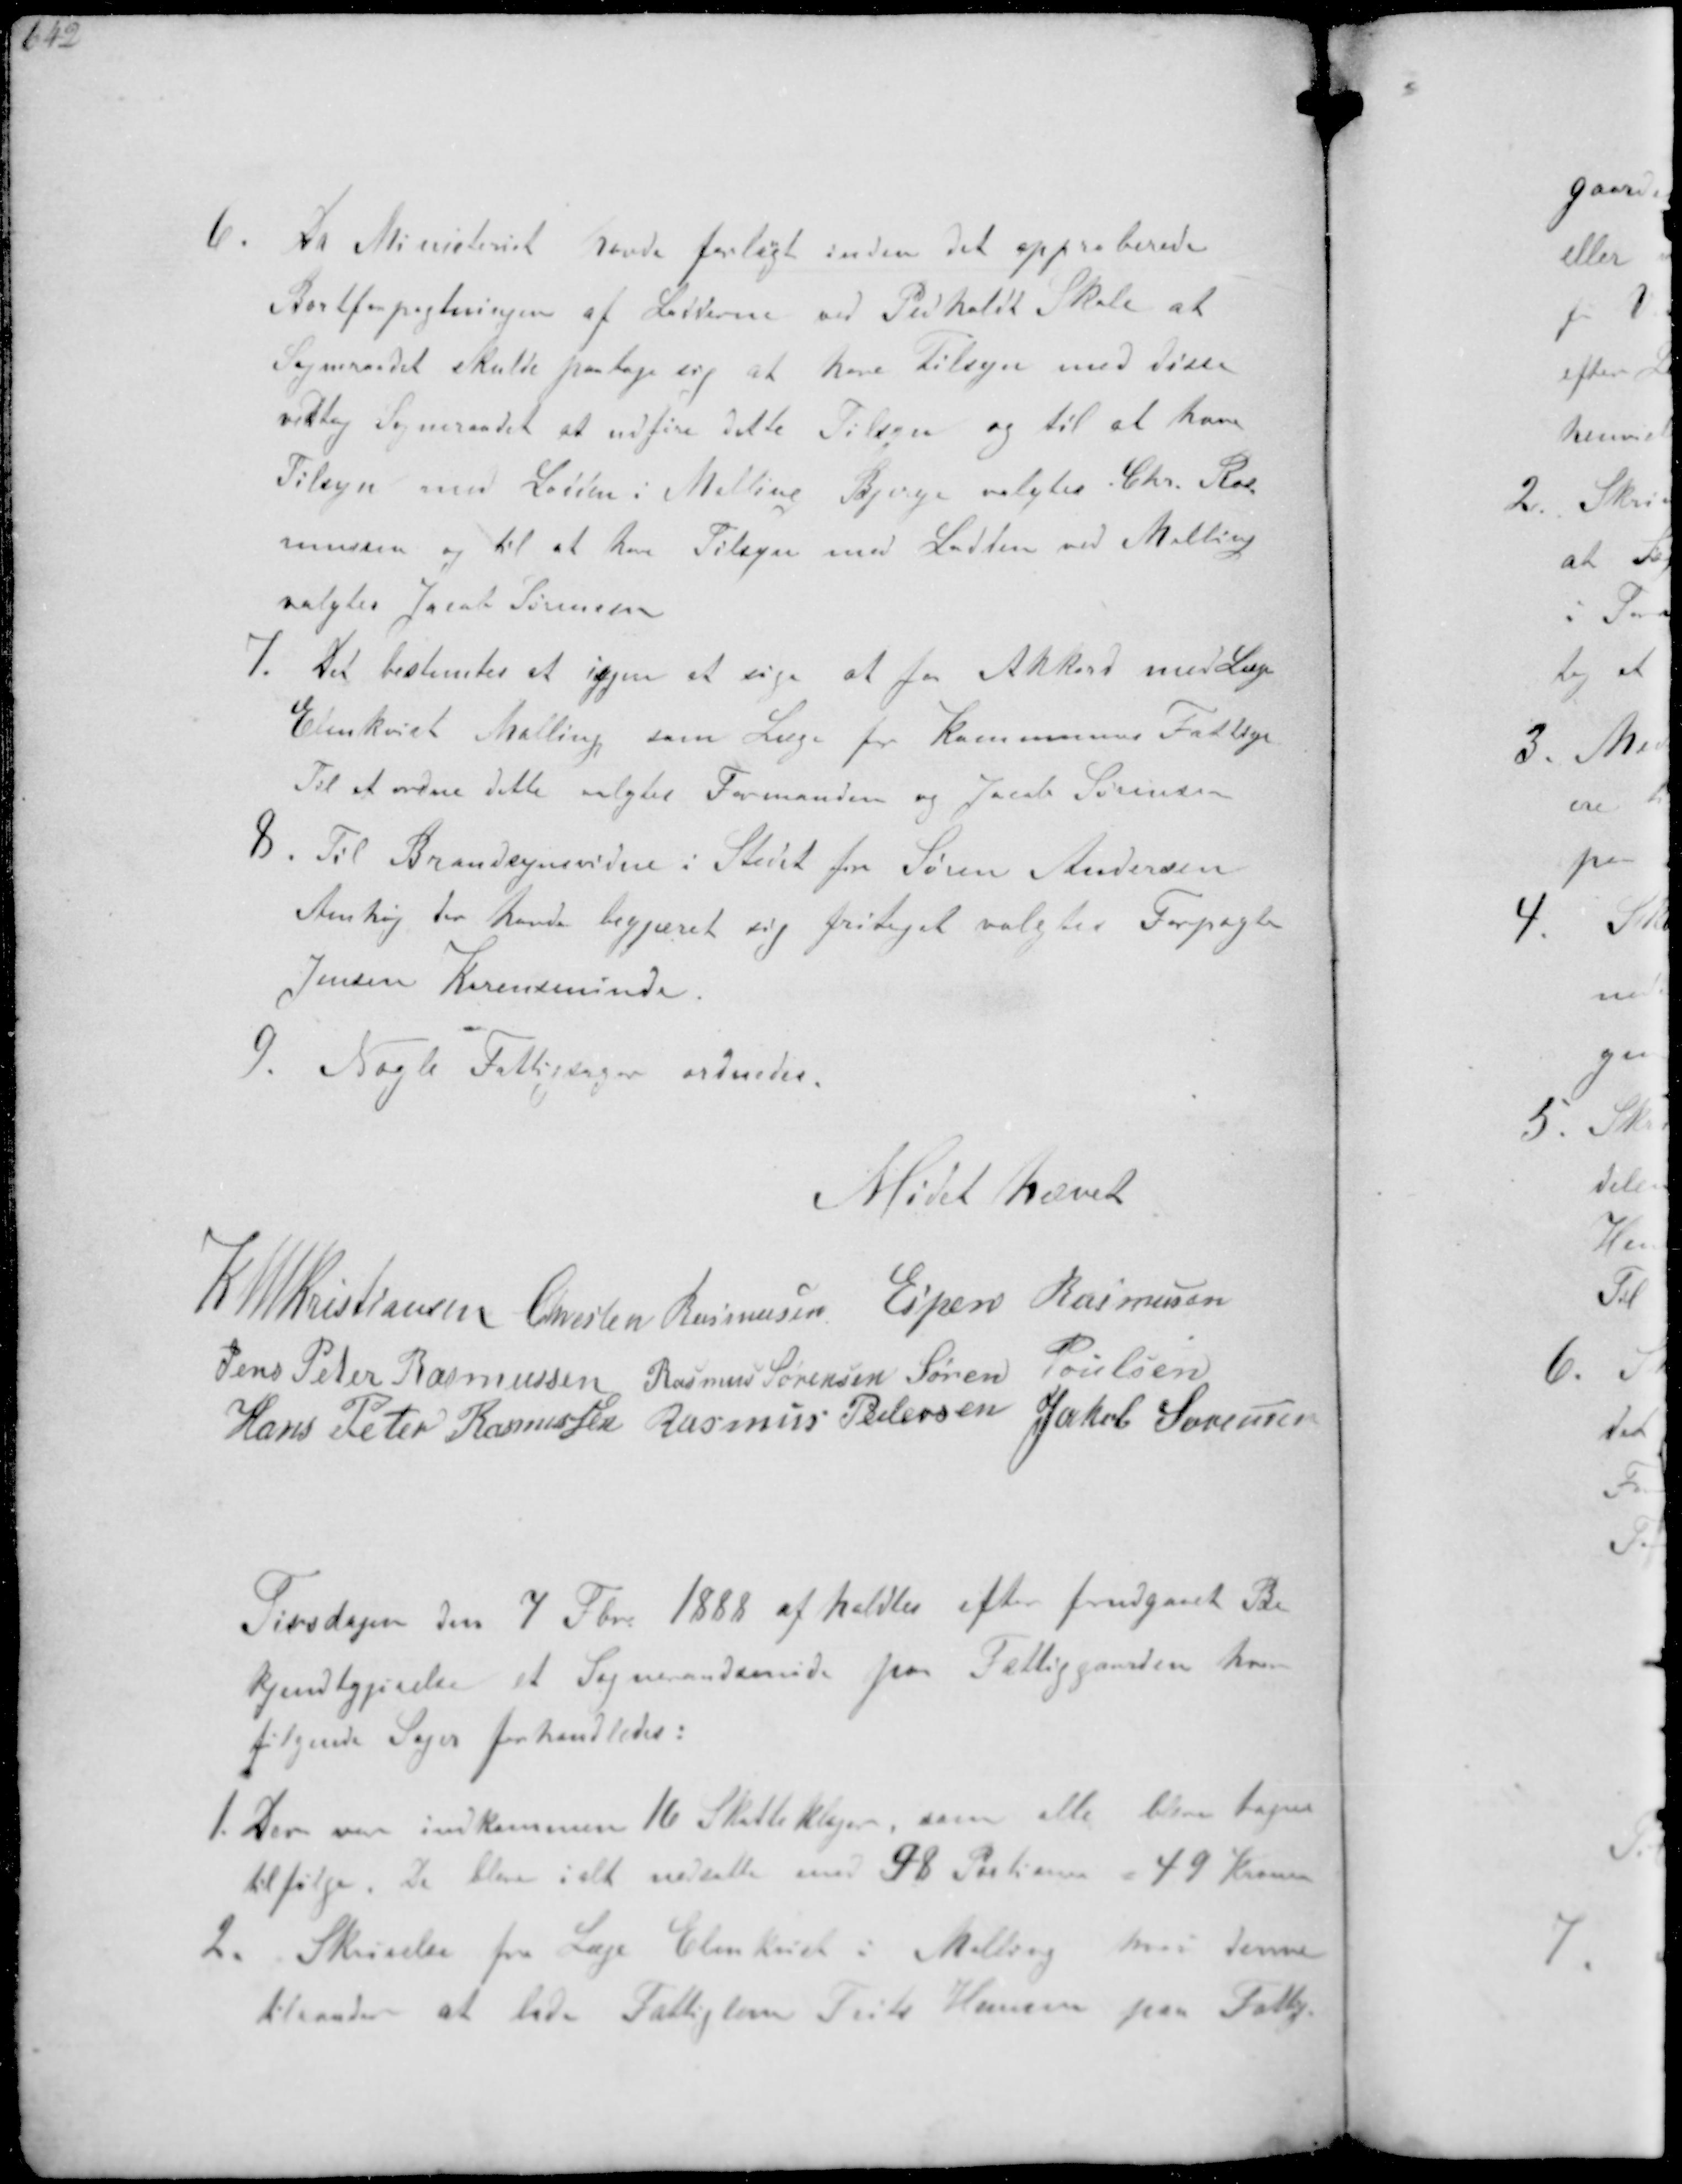
Transskription:
6. Da Ministeriet havde forlangt inden det approberede
Bortforpagtningen af Lodderne ved Pedholdt Skole at
Sogneraadet skulde paatage sig at have tilsyn med disse
vedtog Sogneraadet at udføre alle Tilsyn og til at have
Tilsyn med Lodden i Malling Bjerge valgtes Chr. Ras-
mussen og til at have Tilsyn med Lodden ved Malling
valgtes Jacob Sørensen
7. Der bestemtes at igjen at søge at faa Akkord med Læge
Elmkvist Malling som Læge for Kommunens Fattige
Til at ordne dette valgtes Formanden og Jacob Sørensen
8. Til Brandsynsvidne i Stedet for Søren Andersen
Anshøj der havde begjæret sig fritaget valgtes Forpagter
Jensen Karensminde
9. Nogle Fattigsager ordnedes

Mødet hævet

K N M Kristiansen Christen Rasmussen Espen Rasmussen
Jens Peter Rasmussen Rasmus Sørensen Søren Poulsen
Hans Peter Rasmussen Rasmus Pedersen Jakob Sørensen

Tirsdagen den 7 Febr. 1888 afholdtes efter forudgaaet Be-
kjendtgørelse et Sogneraadsmøde paa Fattiggaarden hvor
følgende Sager forhandledes:
1. Der var indkommen 16 Skatteklager, som alle ere tager
til følge de bleve ialt nedsatte med 98 Portioner 49 Kroner
2. Skrivelse fra Læge Elmkvist i Malling hvori denne
tilraader at lade Fattiglem Frits Hansen paa Fattig-